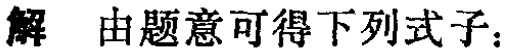
解 由题意可得下列式子：